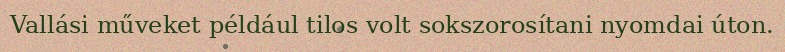
Vallási műveket például tilos volt sokszorosítani nyomdai úton.